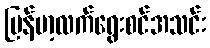
မြန်မာ့လက်ရွေးစင်အသင်း